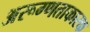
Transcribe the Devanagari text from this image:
अरूग्णताकारक